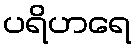
ပရိဟရေ